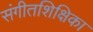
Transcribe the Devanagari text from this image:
संगीतशिक्षिका